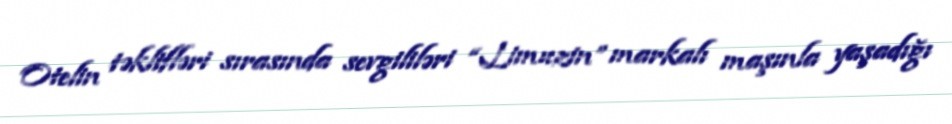
Otelin təklifləri sırasında sevgililəri “Limuzin” markalı maşınla yaşadığı